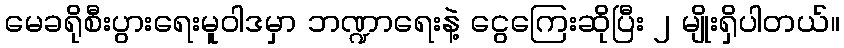
မေခရိုစီးပွားရေးမူဝါဒမှာ ဘဏ္ဍာရေးနဲ့ ငွေကြေးဆိုပြီး ၂ မျိုးရှိပါတယ်။